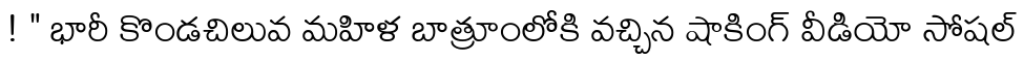
! " భారీ కొండచిలువ మహిళ బాత్రూంలోకి వచ్చిన షాకింగ్ వీడియో సోషల్